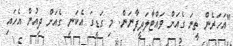
"އަހަރެން ތީނަ ގެއަށް ވައްޓާލަދީފާނަން. މި ގަޑީގަ އެކަނިި ގެއަށް ދިއުން އެހައި